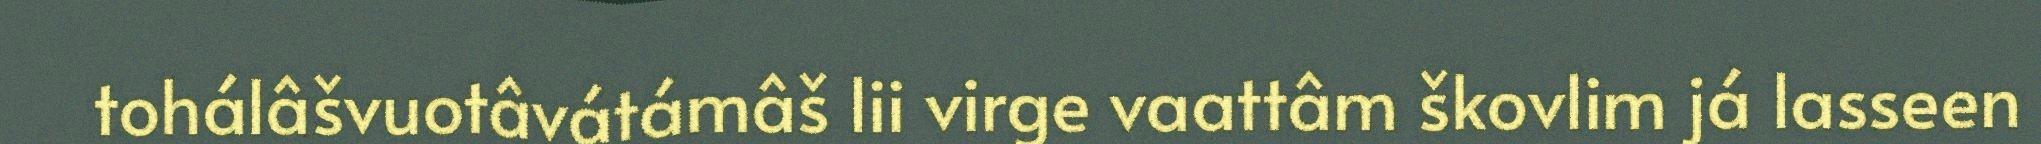
tohálâšvuotâvátámâš lii virge vaattâm škovlim já lasseen